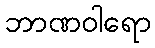
ဘာဏဝါရော